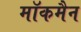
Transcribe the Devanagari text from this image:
मॉकमैन